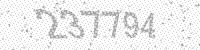
Solution: 237794